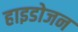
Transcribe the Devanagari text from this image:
हाइडोजन